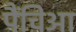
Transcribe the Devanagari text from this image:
पैंचिआ